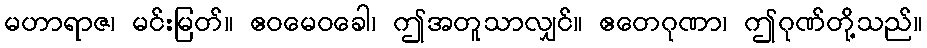
မဟာရာဇ၊ မင်းမြတ်။ ဧဝမေဝခေါ၊ ဤအတူသာလျှင်။ ဧတေဂုဏာ၊ ဤဂုဏ်တို့သည်။